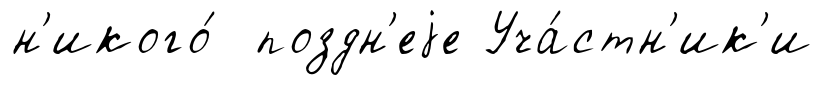
н'икого́ поздн'еjе Уча́стн'ик'и